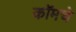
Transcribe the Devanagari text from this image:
कॉमचे